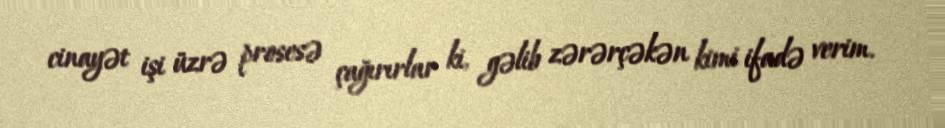
cinayət işi üzrə prosesə çağırırlar ki, gəlib zərərçəkən kimi ifadə verim.